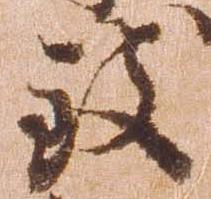
致